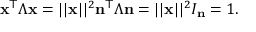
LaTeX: \mathbf { x } ^ { \mathsf { T } } { \boldsymbol { \Lambda } } \mathbf { x } = | | \mathbf { x } | | ^ { 2 } \mathbf { n } ^ { \mathsf { T } } { \boldsymbol { \Lambda } } \mathbf { n } = | | \mathbf { x } | | ^ { 2 } I _ { \mathbf { n } } = 1 .